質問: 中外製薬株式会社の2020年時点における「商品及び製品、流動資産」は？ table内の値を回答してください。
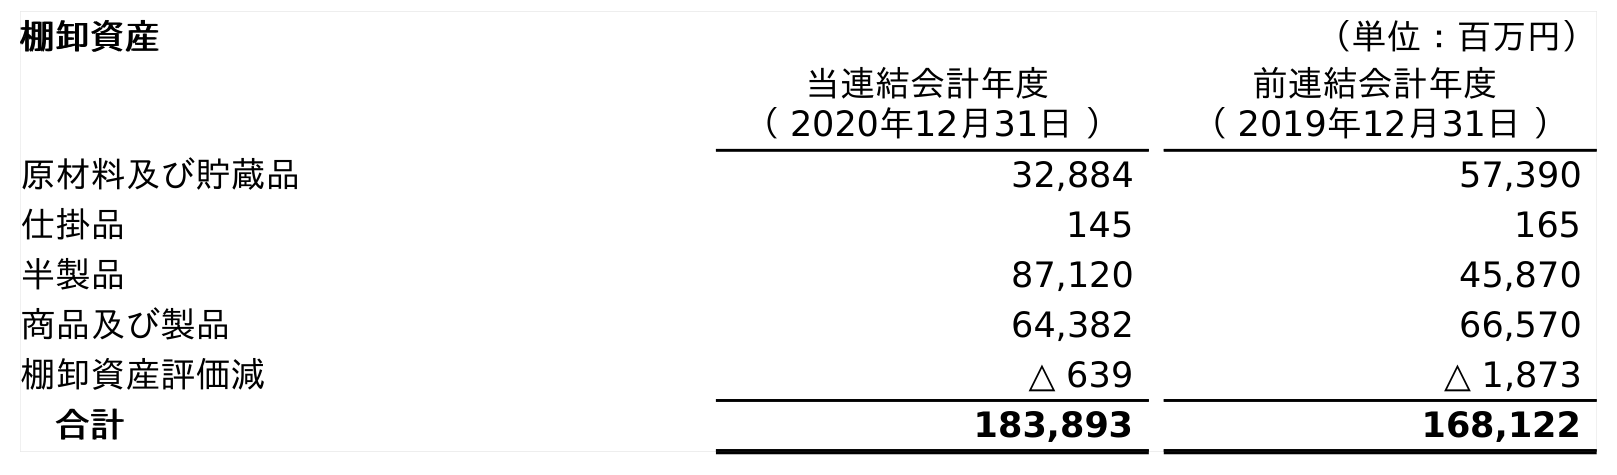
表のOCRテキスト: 棚卸資産 （単位：百万円） 当連結会計年度 （ 2020年12月31日 ） 前連結会計年度 （ 2019年12月31日 ） 原材料及び貯蔵品 32,884 57,390 仕掛品 145 165 半製品 87,120 45,870 商品及び製品 64,382 66,570 棚卸資産評価減 △ 639 △ 1,873 合計 183,893 168,122
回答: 64,382